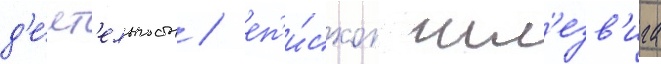
д'е́ят'ельность / еп'и́скоп шл'езв'ига